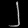
Digit: ၂